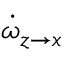
\dot { \omega } _ { z \rightarrow x }